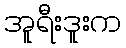
အူရီးဒူးက